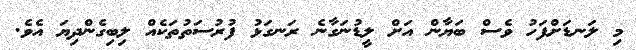
މި ލަނޑަށްފަހު ވެސް ބަޔާން އަށް ލީޑުނަގާނެ ރަނގަޅު ފުރުސަތުތަކެއް ލިބިގެންދިޔަ އެވެ.